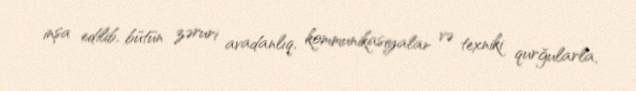
inşa edilib, bütün zəruri avadanlıq, kommunikasiyalar və texniki qurğularla,